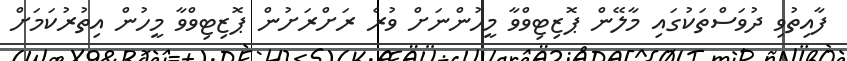
ފާއިތުވި ދުވަސްތަކުގައި މާލޭން ޕޮޒިޓިވްވާ މީހުންނަށް ވުރެ ރަށްރަށުން ޕޮޒިޓިވްވާ މީހުން އިތުރުކަމަށް